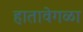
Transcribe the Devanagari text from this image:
हातावेगळा